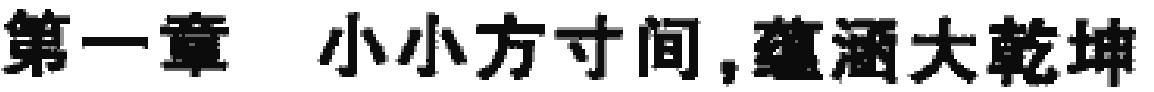
\chapter{小小方寸间，蕴涵大乾坤}